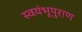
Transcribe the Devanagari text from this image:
स्वयंभूपुराण